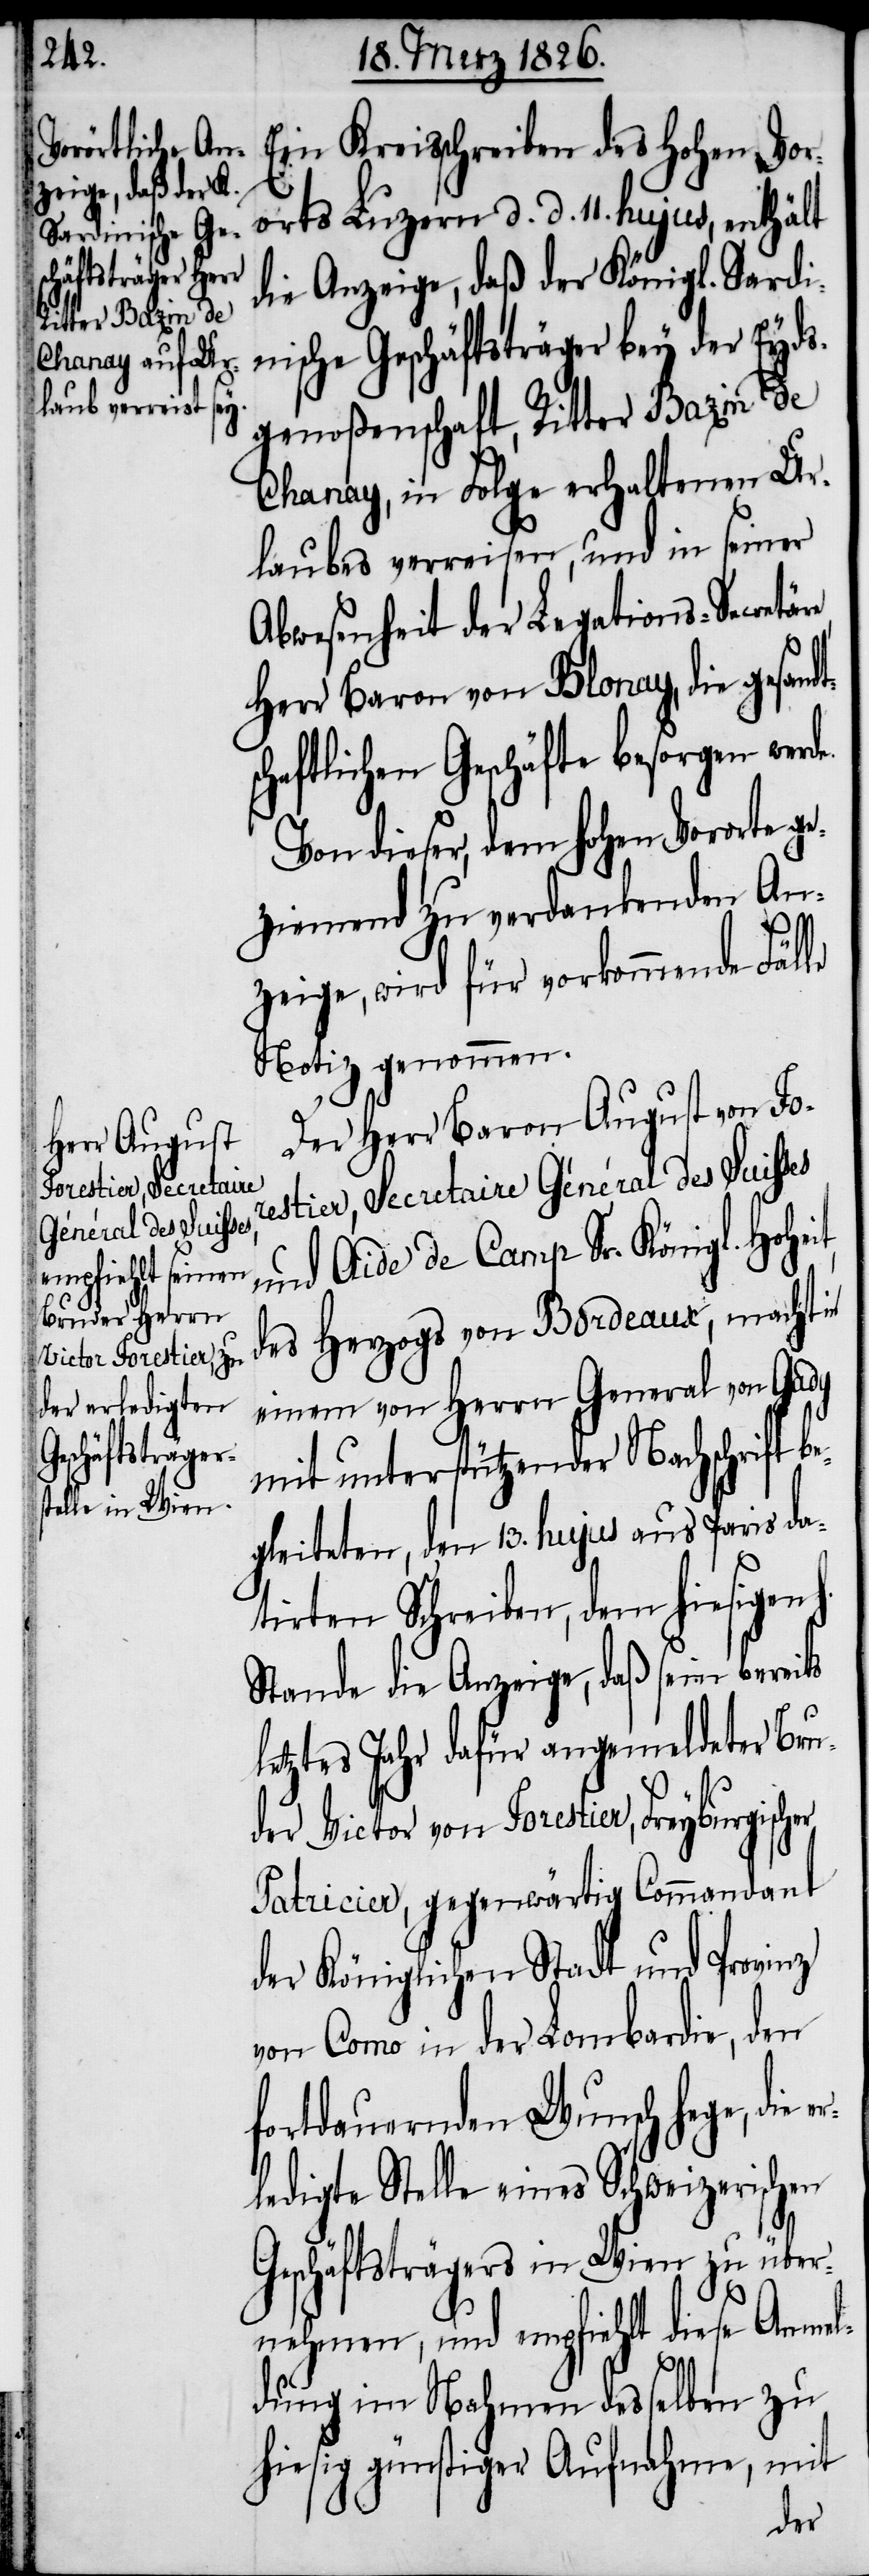
Ein Kreisschreiben des hohen Vor¬
orts Luzern d. d. 11. hujus, enthält
die Anzeige, daß der Königl. Sardi¬
nische Geschäftsträger bey der Eyds¬
genoßenschaft, Ritter Bazin de
Chanay, in Folge erhaltenen Ur¬
laubes verreisen, und in seiner
Abwesenheit der Legations-Secretäre
Herr Baron von Blonay, die gesandt¬
schaftlichen Geschäfte besorgen werde.
Von dieser, dem hohen Vororte ge¬
ziemend zu verdankenden An¬
er¬
zeige, wird für vorkommende Fälle
Notiz genommen.
Der Herr Baron August von Fo¬
restier, Secretaire Général des Suisses
und Aide de Camp Sr. Königl. Hohe¬
des Herzogs von Bordeaux, macht in
einem von Herrn General von Gady
mit unterstützender Nachschrift b¬
egleiteten, den 13. hujus aus Paris da¬
tirten Schreiben, dem hiesigen
Stande die Anzeige, daß sein bereits
letztes Jahr dafür angemeldeter Bru¬
der Victor von Forestier, Freyburgisch¬
Patricier, gegenwärtig Commandant
der Königlichen Stadt und Provinz
von Como in der Lombardie, den
fortdauernden Wunsch hege, die
ledigte Stelle eines Schweizerischen
Geschäftsträgers in Wien zu über¬
nehmen, und empfiehlt diese Anmel¬
it,
dung im Nahmen desselben zu
hiesig günstiger Aufnahme, mit
er